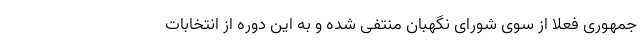
جمهوری فعلا از سوی شورای نگهبان منتفی شده و به این دوره از انتخابات